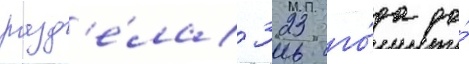
разд'е́ла 323 го́да до́